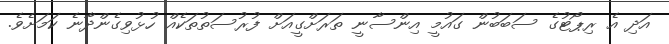
އަދި އެ ރިޕޯޓުގެ ސަބަބުން ގައުމީ އިންސާނީ ތަރަށްގީއަށް ފުުރުސަތުތަކެއް ހުޅުވިގެންދާނެ ކަމަށެވެ.